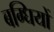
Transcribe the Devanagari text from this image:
बग्घियों